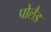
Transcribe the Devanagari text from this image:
पोलैड